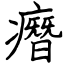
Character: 㿊